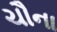
ચૌના